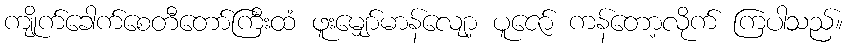
ကျိုက်ခေါက်စေတီတော်ကြီးထံ ဖူးမျှော်မာန်လျော့ ပူဇော် ကန်တော့လိုက် ကြပါသည်။